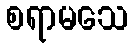
စရာမသေ